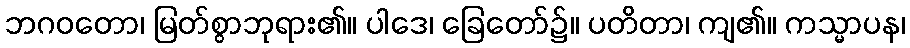
ဘဂဝတော၊ မြတ်စွာဘုရား၏။ ပါဒေ၊ ခြေတော်၌။ ပတိတာ၊ ကျ၏။ ကသ္မာပန၊